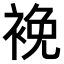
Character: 𧚇